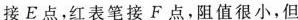
接E点，红表笔接F点，阻值很小，但